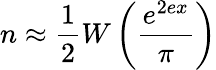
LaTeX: n\approx\frac{1}{2}W\left(\frac{e^{2ex}}{\pi}\right)